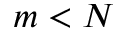
m < N